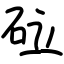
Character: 砬